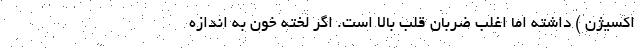
اکسیژن ) داشته اما اغلب ضربان قلب بالا است. اگر لخته خون به اندازه